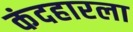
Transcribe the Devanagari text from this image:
कंदहारला